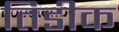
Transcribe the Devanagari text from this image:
तिडीक